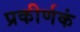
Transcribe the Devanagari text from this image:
प्रकीर्णकं